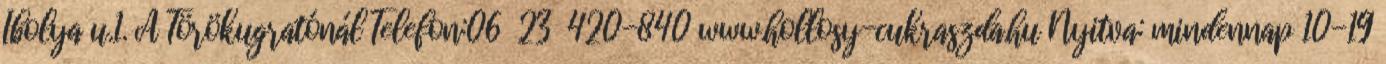
Ibolya u.1. A Törökugratónál Telefon:06 23 420-840 www.hollosy-cukraszda.hu Nyitva: mindennap 10-19